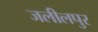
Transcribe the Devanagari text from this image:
जलीलपुर